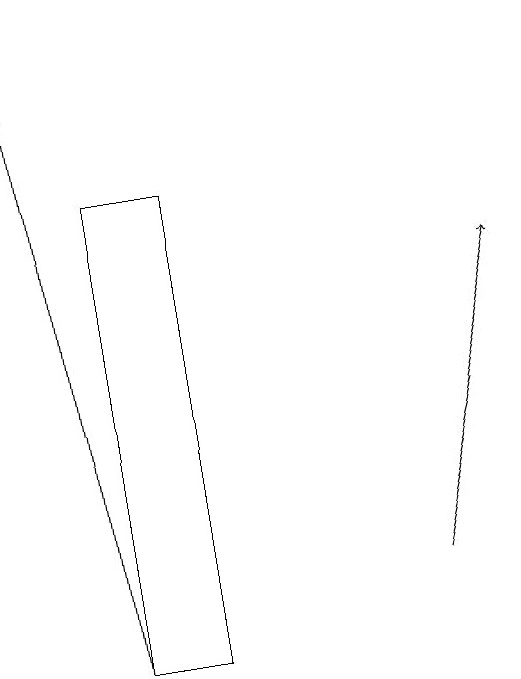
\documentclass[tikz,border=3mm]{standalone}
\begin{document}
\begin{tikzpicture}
\draw[->] (4,10) -- (3,18);
\draw (5,16) rectangle (4,10);
\draw[->] (8,11) -- (9,15);
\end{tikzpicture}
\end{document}